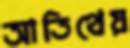
আতিথেয়